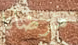
مرضانا